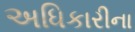
અધિકારીના